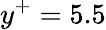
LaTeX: y^{+}=5.5